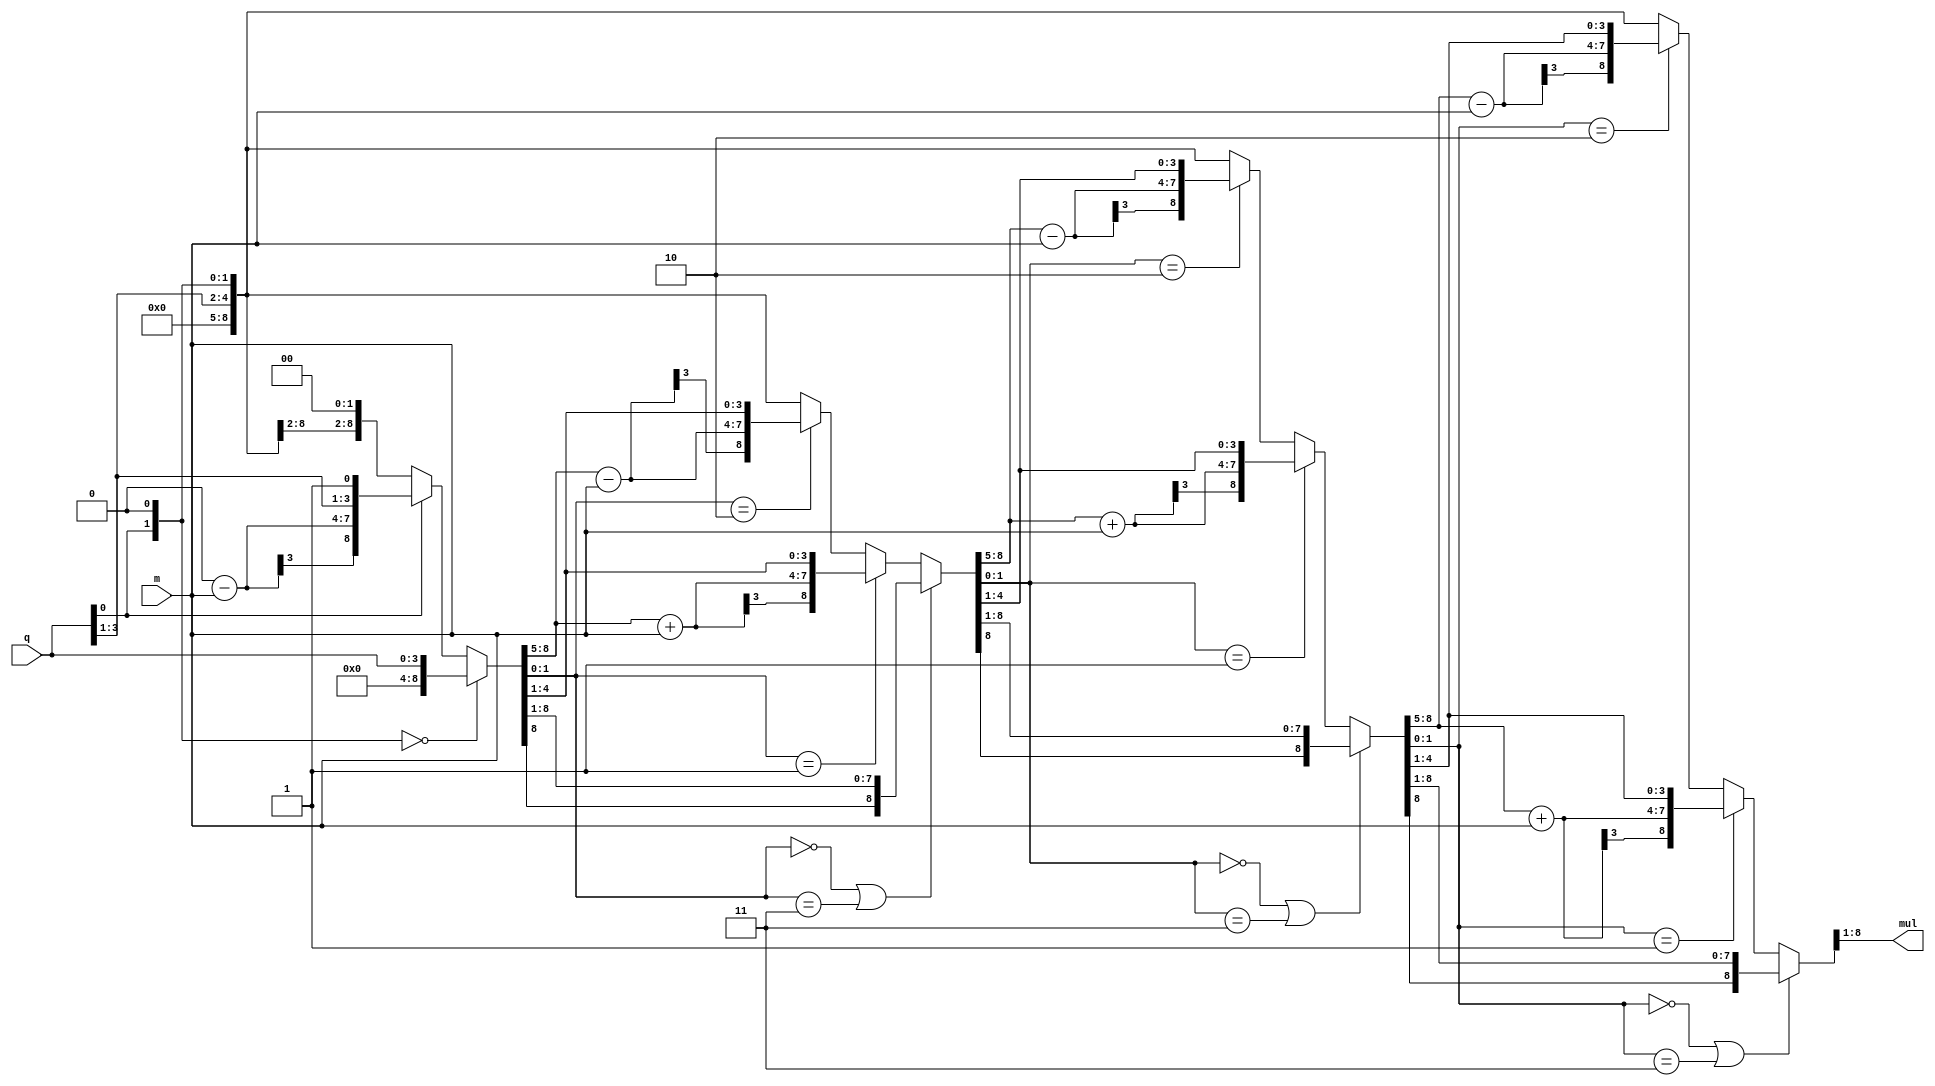
module booth_mul(m,q,mul);
  input [3:0] m,q; //m is multiplicand and q is multiplier
  output [7:0] mul;
  
  reg [3:0] Acc; //Acc is Accumulator  
  reg p; //p is q(-1)
  reg [8:0] con; 
  
  integer i;
  initial Acc=0;
  initial p=0;
  
  always@(*)
    begin
      
      con = {Acc,q,p}; //con is concatenation of Acc, q and p
		
      for(i=0;i<4;i=i+1)
        begin
          
          if({con[1],con[0]} == 2'b00 | {con[1],con[0]} == 2'b11)
            begin con = {con[8],con[8:1]}; end
          
          else if({con[1],con[0]} == 2'b01)
            begin con[8:5] = con[8:5] + m; con = {con[8],con[8:1]}; end
          
          else if({con[1],con[0]} == 2'b10)
            begin con[8:5] = con[8:5] - m; con = {con[8],con[8:1]}; end
          
          else
            begin con = {Acc,q,p}; end

        end
     
    end
	 
  assign  mul = {con[8:1]};
  
endmodule